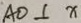
A O \bot x